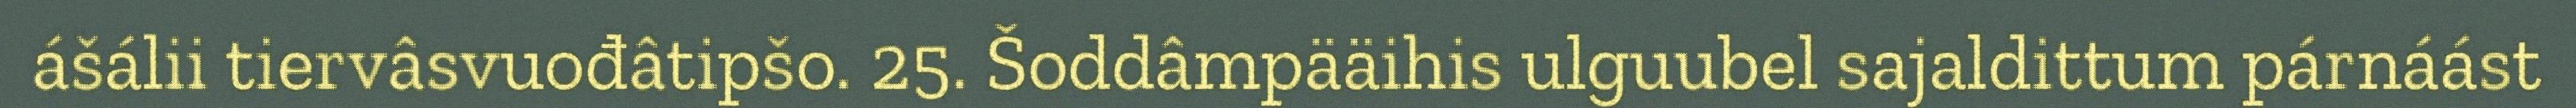
ášálii tiervâsvuođâtipšo. 25. Šoddâmpääihis ulguubel sajaldittum párnáást